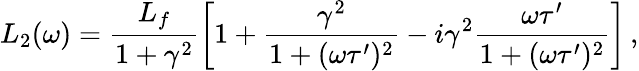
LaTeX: L_{2}(\omega)=\frac{L_{f}}{1+\gamma^{2}}\left[1+\frac{\gamma^{2}}{1+(\omega\tau^{\prime})^{2}}-i\gamma^{2}\frac{\omega\tau^{\prime}}{1+(\omega\tau^{\prime})^{2}}\right]\, ,